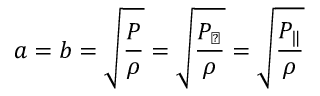
a = b = \sqrt { \frac { P } { \rho } } = \sqrt { \frac { P _ { \perp } } { \rho } } = \sqrt { \frac { P _ { \| } } { \rho } }